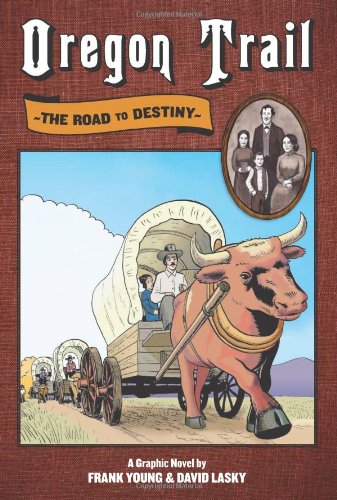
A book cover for Oregon Trail: The Road to Destiny; Frank Young; Children's Books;